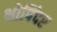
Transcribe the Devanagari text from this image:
भोपिंदर